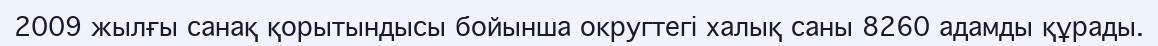
2009 жылғы санақ қорытындысы бойынша округтегі халық саны 8260 адамды құрады.